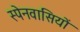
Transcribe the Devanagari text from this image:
स्‍पेनवासियों